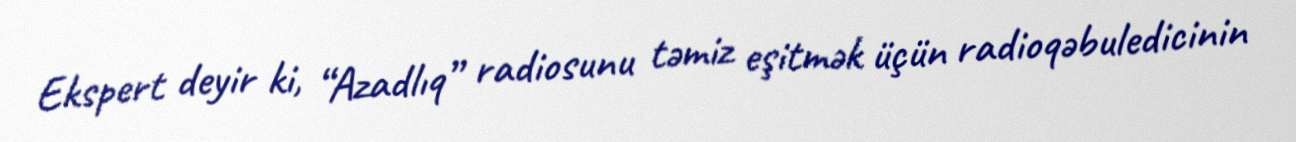
Ekspert deyir ki, “Azadlıq” radiosunu təmiz eşitmək üçün radioqəbuledicinin